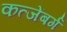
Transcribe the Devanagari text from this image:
कत्जेंबर्ग